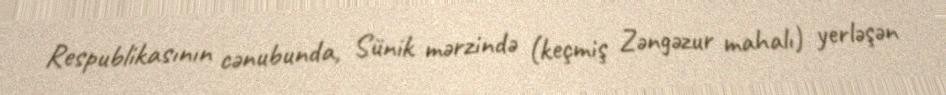
Respublikasının cənubunda, Sünik mərzində (keçmiş Zəngəzur mahalı) yerləşən